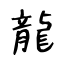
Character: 龍